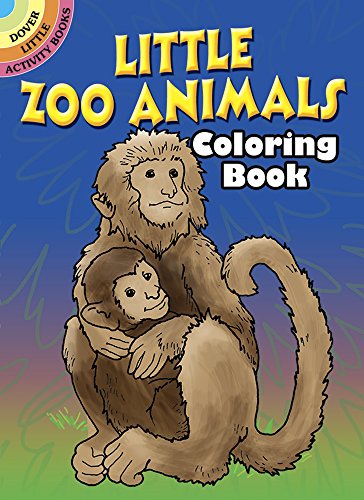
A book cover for Little Zoo Animals Coloring Book (Dover Little Activity Books); Roberta Collier; Children's Books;